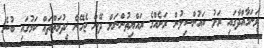
ވަނަމާއްދާގައި ރަށު ކައުންސިލުން ރަށެއްގެ ރައްޔިތުންނަށް ދޭން ޖެހޭނެ ޚިދުމަތްތައް ކަމުގައި ބުނެ